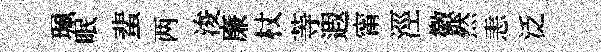
珮眠蜚两浚廉杖䓁遐甯涇徽然恚泛